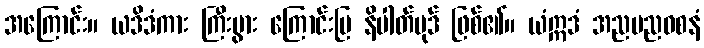
အကြောင်း။ ယဒိဒံကား ကြီးပွား ကြောင်းပြ နိပါတ်ပုဒ် ဖြစ်၏။ ယံဣဒံ အညမညဝစနံ